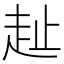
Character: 𧺠